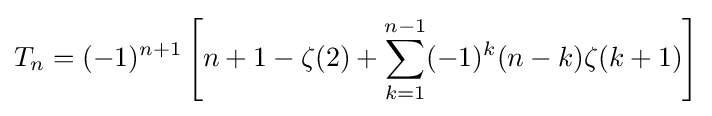
T_{n}=(-1)^{n+1}\left[n+1-\zeta (2)+\sum _{k=1}^{n-1}(-1)^{k}(n-k)\zeta (k+1)\right]